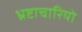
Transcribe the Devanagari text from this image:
भ्रष्टाचारियो